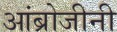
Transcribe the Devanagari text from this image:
आंब्रोजीनी